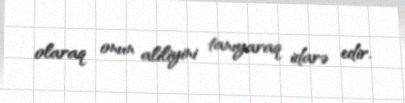
olaraq onun aliliyini tanıyaraq idarə edir.